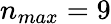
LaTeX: n_{max}=9